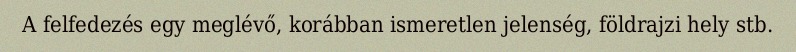
A felfedezés egy meglévő, korábban ismeretlen jelenség, földrajzi hely stb.